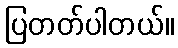
ပြတတ်ပါတယ်။